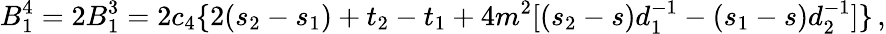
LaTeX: B_{1}^{4}=2B_{1}^{3}=2c_{4}\{ 2(s_{2}-s_{1})+t_{2}-t_{1}+4m^{2}[(s_{2}-s)d_{1}^{-1}-(s_{1}-s)d_{2}^{-1}]\} \, ,